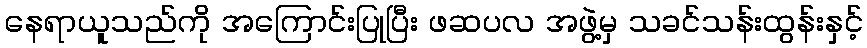
နေရာယူသည်ကို အကြောင်းပြုပြီး ဖဆပလ အဖွဲ့မှ သခင်သန်းထွန်းနှင့်